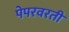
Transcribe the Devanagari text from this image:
पेपरवरती